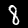
Digit: 8